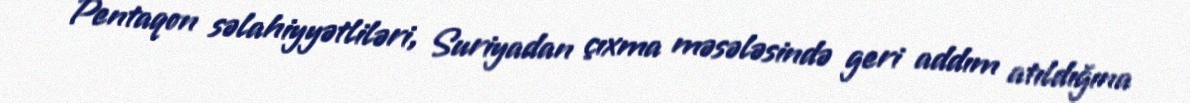
Pentaqon səlahiyyətliləri, Suriyadan çıxma məsələsində geri addım atıldığına